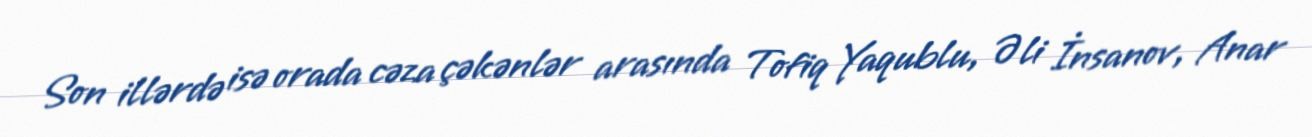
Son illərdə isə orada cəza çəkənlər arasında Tofiq Yaqublu, Əli İnsanov, Anar